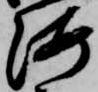
海